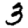
Digit: 3